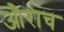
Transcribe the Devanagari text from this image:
औराच